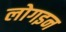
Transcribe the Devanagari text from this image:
लोगइन